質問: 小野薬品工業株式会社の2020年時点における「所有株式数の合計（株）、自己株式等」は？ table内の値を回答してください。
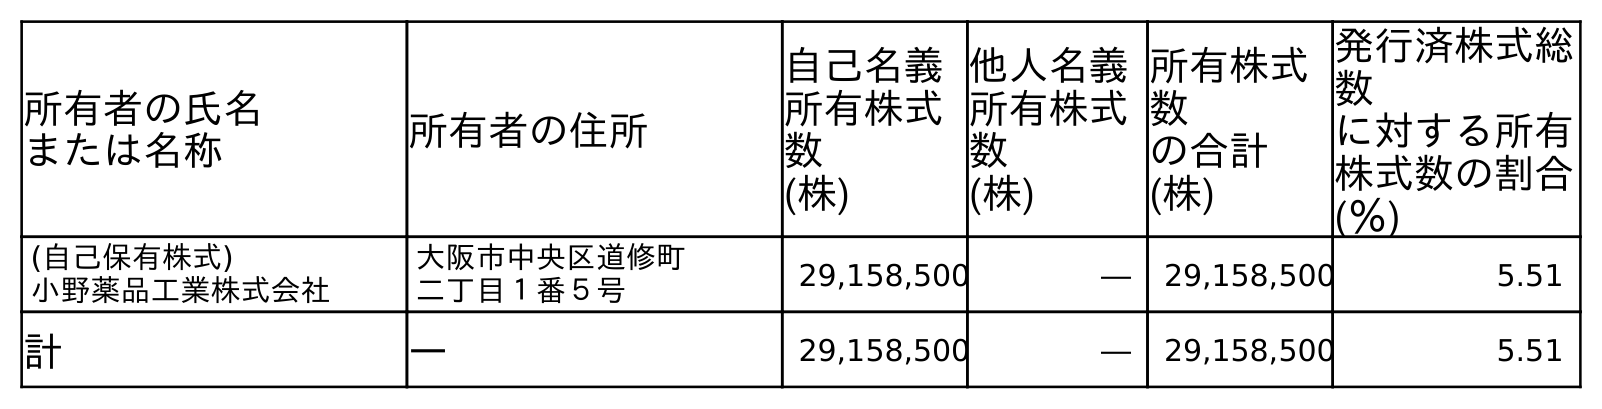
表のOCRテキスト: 所有者の氏名 または名称 所有者の住所 自己名義 所有株式 数 (株) 他人名義 所有株式 数 (株) 所有株式 数 の合計 (株) 発行済株式総 数 に対する所有 株式数の割合 (％) (自己保有株式) 小野薬品工業株式会社 大阪市中央区道修町 二丁目１番５号 29,158,500 ― 29,158,500 5.51 計 ― 29,158,500 ― 29,158,500 5.51
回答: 29,158,500